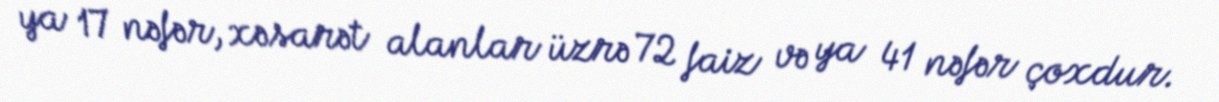
ya 17 nəfər, xəsarət alanlar üzrə 72 faiz və ya 41 nəfər çoxdur.